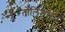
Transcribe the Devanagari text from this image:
तोलिमासा